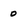
Character: o